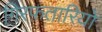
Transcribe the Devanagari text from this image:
गिरफ़तारियों